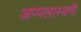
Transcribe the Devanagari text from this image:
अप्पलास्वमी